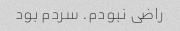
راضی نبودم. سردم بود